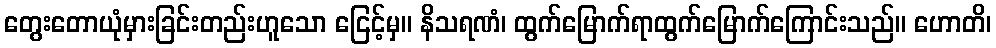
တွေးတောယုံမှားခြင်းတည်းဟူသော ငြေင့်မှ။ နိသရဏံ၊ ထွက်မြောက်ရာထွက်မြောက်ကြောင်းသည်။ ဟောတိ၊